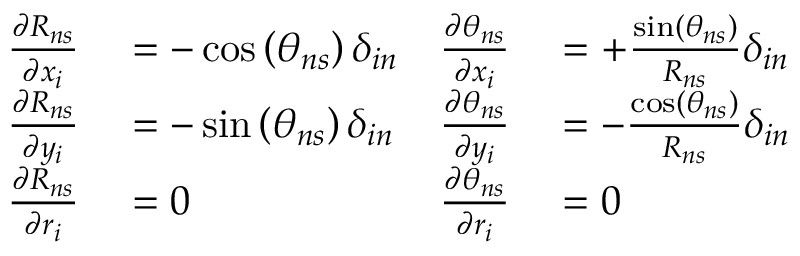
\begin{array} { r l r l } { \frac { \partial R _ { n s } } { \partial x _ { i } } } & { { } = - \cos \left( \theta _ { n s } \right) \delta _ { i n } } & { \frac { \partial \theta _ { n s } } { \partial x _ { i } } } & { { } = + \frac { \sin \left( \theta _ { n s } \right) } { R _ { n s } } \delta _ { i n } } \\ { \frac { \partial R _ { n s } } { \partial y _ { i } } } & { { } = - \sin \left( \theta _ { n s } \right) \delta _ { i n } } & { \frac { \partial \theta _ { n s } } { \partial y _ { i } } } & { { } = - \frac { \cos \left( \theta _ { n s } \right) } { R _ { n s } } \delta _ { i n } } \\ { \frac { \partial R _ { n s } } { \partial r _ { i } } } & { { } = 0 } & { \frac { \partial \theta _ { n s } } { \partial r _ { i } } } & { { } = 0 } \end{array}